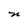
Character: n